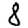
Digit: 8